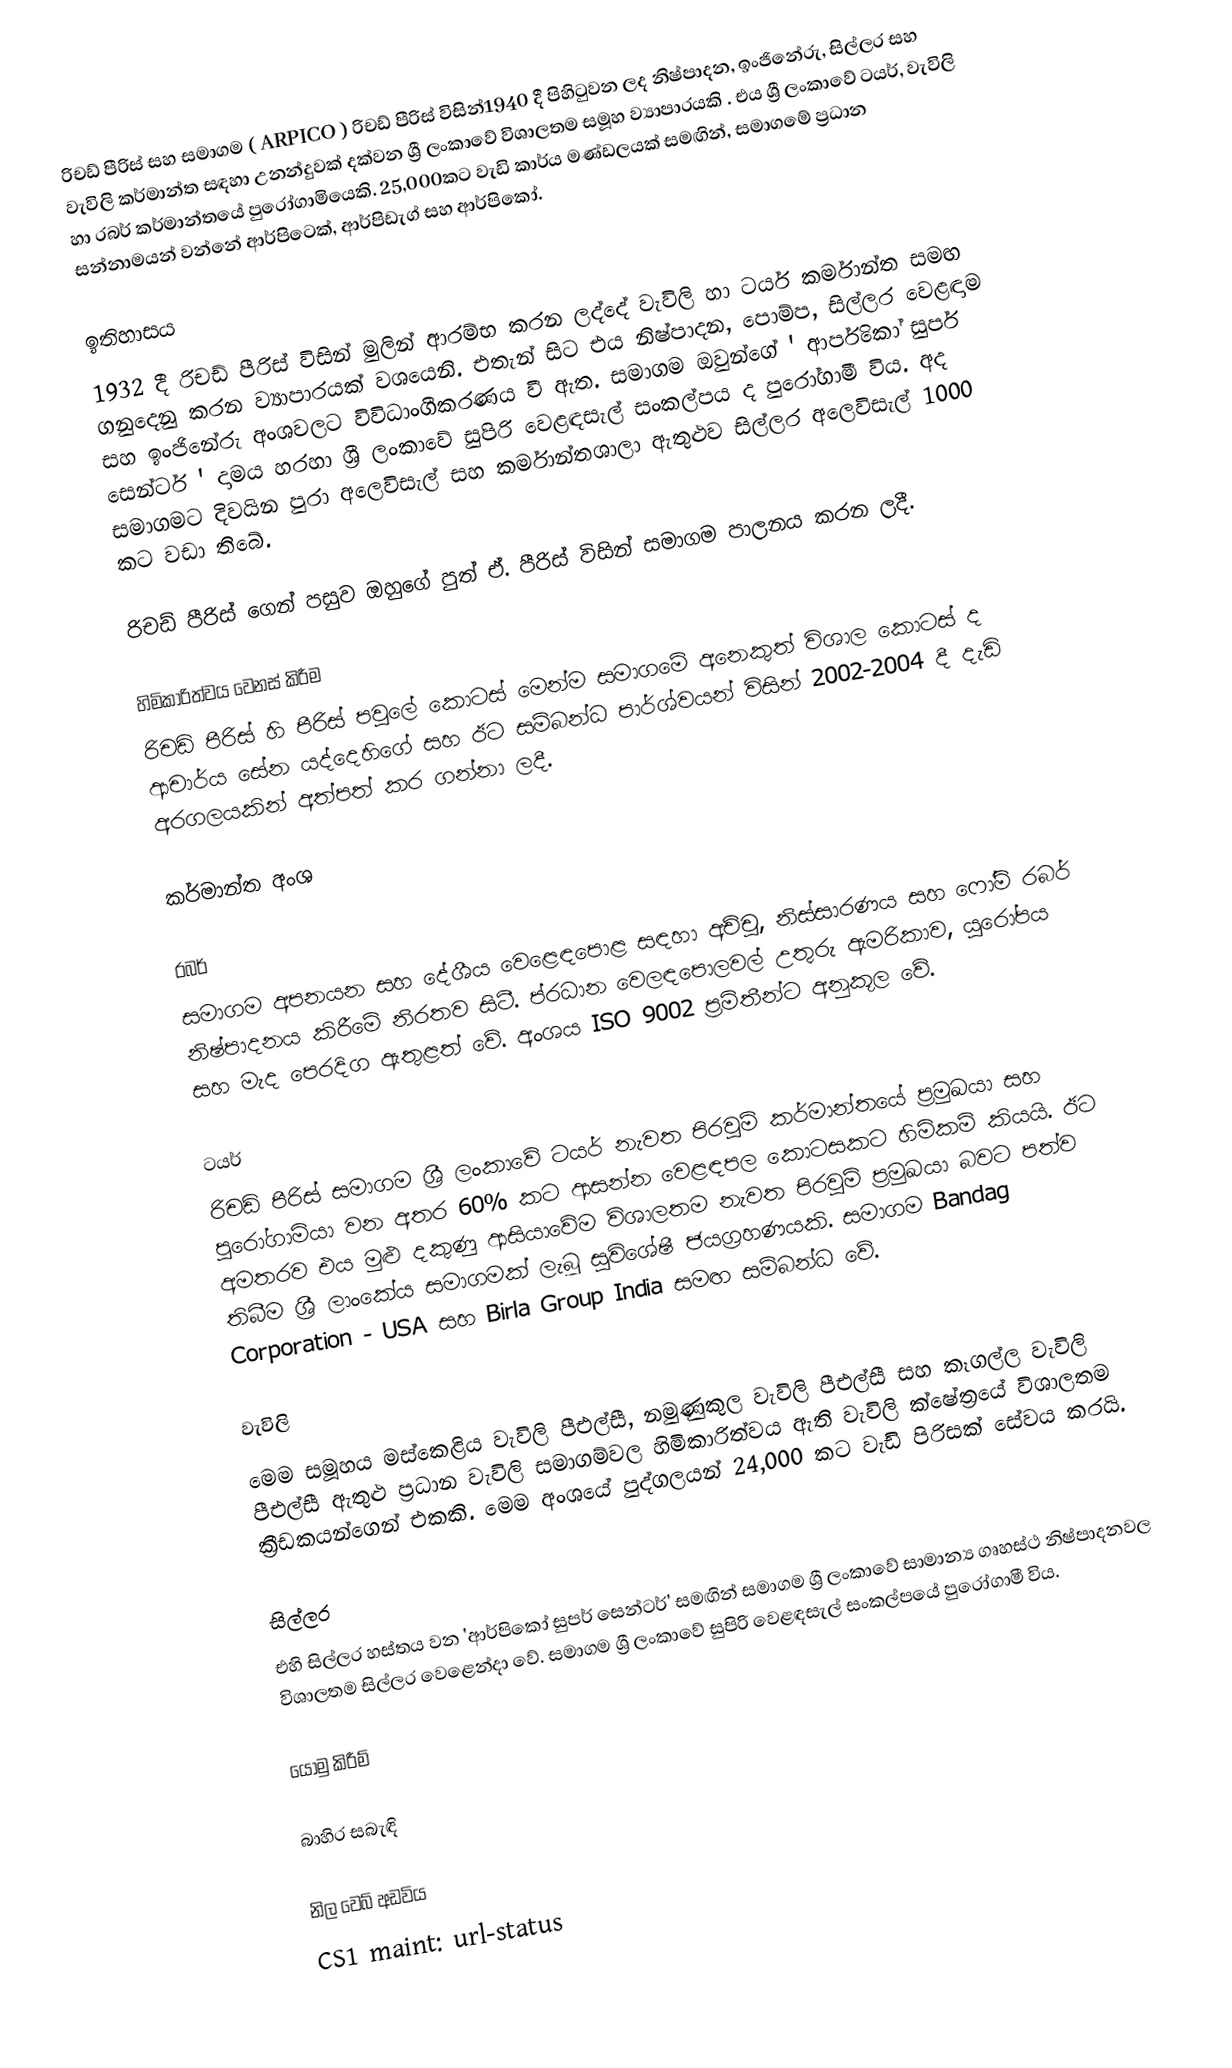
රිචඩ් පීරිස් සහ සමාගම ( ARPICO ) රිචඩ් පීරිස් විසින්1940 දී පිහිටුවන ලද නිෂ්පාදන, ඉංජිනේරු, සිල්ලර සහ වැවිලි කර්මාන්ත සඳහා උනන්දුවක් දක්වන ශ්‍රී ලංකාවේ විශාලතම සමූහ ව්‍යාපාරයකි . එය ශ්‍රී ලංකාවේ ටයර්, වැවිලි හා රබර් කර්මාන්තයේ පුරෝගාමියෙකි. 25,000කට වැඩි කාර්ය මණ්ඩලයක් සමඟින්, සමාගමේ ප්‍රධාන සන්නාමයන් වන්නේ ආර්පිටෙක්, ආර්පිඩැග් සහ ආර්පිකෝ.

ඉතිහාසය
1932 දී රිචඩ් පීරිස් විසින් මුලින් ආරම්භ කරන ලද්දේ  වැවිලි හා ටයර් කර්මාන්ත සමඟ ගනුදෙනු කරන  ව්‍යාපාරයක් වශයෙනි.   එතැන් සිට එය නිෂ්පාදන, පොම්ප, සිල්ලර වෙළඳාම සහ ඉංජිනේරු අංශවලට විවිධාංගීකරණය වී ඇත. සමාගම ඔවුන්ගේ ' ආර්පිකෝ සුපර් සෙන්ටර් ' දාමය හරහා ශ්‍රී ලංකාවේ සුපිරි වෙළඳසැල් සංකල්පය ද පුරෝගාමී විය. අද සමාගමට දිවයින පුරා අලෙවිසැල් සහ කර්මාන්තශාලා ඇතුළුව සිල්ලර අලෙවිසැල් 1000 කට වඩා තිබේ.

රිචඩ් පීරිස් ගෙන් පසුව ඔහුගේ පුත් ඒ. පීරිස් විසින් සමාගම පාලනය කරන ලදී.

හිමිකාරිත්වය වෙනස් කිරීම
රිචඩ් පීරිස් හි පීරිස් පවුලේ කොටස් මෙන්ම සමාගමේ අනෙකුත් විශාල කොටස් ද ආචාර්ය සේන යද්දෙහිගේ සහ ඊට සම්බන්ධ පාර්ශ්වයන් විසින් 2002-2004 දී දැඩි අරගලයකින් අත්පත් කර ගන්නා ලදී.

කර්මාන්ත අංශ

රබර්
සමාගම අපනයන සහ දේශීය වෙළෙඳපොළ සඳහා අච්චු, නිස්සාරණය සහ ෆෝම් රබර් නිෂ්පාදනය කිරීමේ නිරතව සිටී. ප්රධාන වෙලඳපොලවල් උතුරු ඇමරිකාව, යුරෝපය සහ මැද පෙරදිග ඇතුළත් වේ. අංශය ISO 9002 ප්‍රමිතීන්ට අනුකූල වේ.

ටයර්
රිචඩ් පීරිස් සමාගම ශ්‍රී ලංකාවේ ටයර් නැවත පිරවුම් කර්මාන්තයේ ප්‍රමුඛයා සහ පුරෝගාමියා වන අතර 60% කට ආසන්න වෙළඳපල කොටසකට හිමිකම් කියයි. ඊට අමතරව එය මුළු දකුණු ආසියාවේම විශාලතම නැවත පිරවුම් ප්‍රමුඛයා  බවට පත්ව තිබීම ශ්‍රී ලාංකේය සමාගමක් ලැබූ සුවිශේෂී ජයග්‍රහණයකි. සමාගම Bandag Corporation - USA සහ Birla Group India සමඟ සම්බන්ධ වේ.

වැවිලි
මෙම සමූහය මස්කෙළිය වැවිලි පීඑල්සී, නමුණුකුල වැවිලි පීඑල්සී සහ කෑගල්ල වැවිලි පීඑල්සී ඇතුළු ප්‍රධාන වැවිලි සමාගම්වල හිමිකාරිත්වය ඇති වැවිලි ක්ෂේත්‍රයේ විශාලතම ක්‍රීඩකයන්ගෙන් එකකි. මෙම අංශයේ පුද්ගලයන් 24,000 කට වැඩි පිරිසක් සේවය කරයි.

සිල්ලර
එහි සිල්ලර හස්තය වන 'ආර්පිකෝ සුපර් සෙන්ටර්' සමඟින් සමාගම ශ්‍රී ලංකාවේ සාමාන්‍ය ගෘහස්ථ නිෂ්පාදනවල විශාලතම සිල්ලර වෙළෙන්දා වේ. සමාගම ශ්‍රී ලංකාවේ සුපිරි වෙළඳසැල් සංකල්පයේ පුරෝගාමී විය.

යොමු කිරීම්

බාහිර සබැඳි

 නිල වෙබ් අඩවිය
CS1 maint: url-status